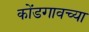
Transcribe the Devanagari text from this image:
कोंडगावच्या